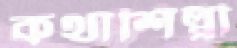
কথাশিল্পী